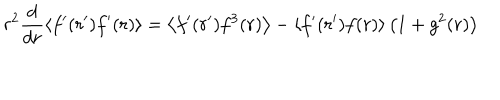
r ^ { 2 } \frac { d } { d r } \left\langle f ^ { \prime } ( r ^ { \prime } ) f ^ { \prime } ( r ) \right\rangle = \left\langle f ^ { \prime } ( r ^ { \prime } ) f ^ { 3 } ( r ) \right\rangle - \left\langle f ^ { \prime } ( r ^ { \prime } ) f ( r ) \right\rangle \left( 1 + g ^ { 2 } ( r ) \right)